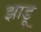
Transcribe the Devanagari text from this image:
झाडू़